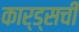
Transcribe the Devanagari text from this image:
कार्ड्सची